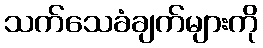
သက်သေခံချက်များကို